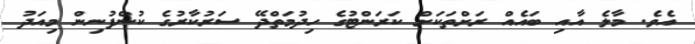
އެވެ. މާލެ އާއި ބައެއް ރަށްތަކަށް ކަރަންޓުގެ ހިދުމަތްދޭ ސަރުކާރުގެ ކުންފުނިން މިއަދު